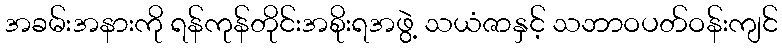
အခမ်းအနားကို ရန်ကုန်တိုင်းအစိုးရအဖွဲ့ သယံဇာနှင့် သဘာဝပတ်ဝန်းကျင်